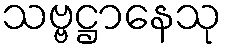
သဗ္ဗဋ္ဌာနေသု